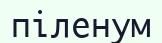
піленум